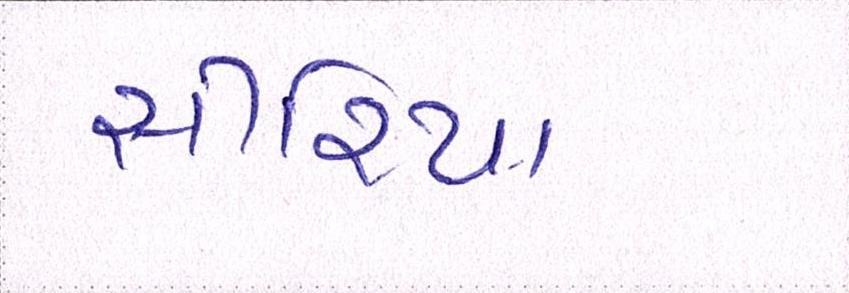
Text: સીરિયા